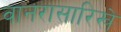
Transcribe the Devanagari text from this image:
वानरासारिखे